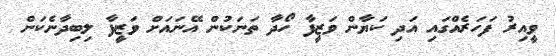
ވީއިރު ފަހަރެއްގައި އަދި ކަޔާން ވަޒީފާ ހޯދާ ތަނަކުން އޭނައަށް ވަޒީފާ ލިބިދާނެކަން